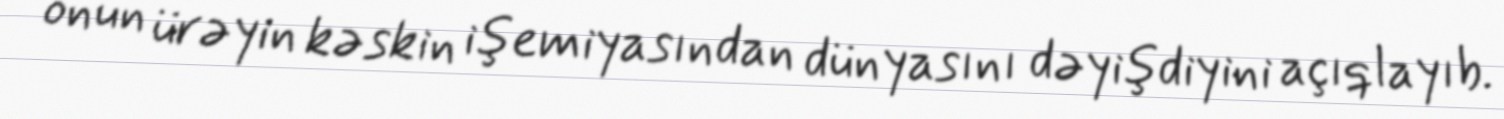
onun ürəyin kəskin işemiyasından dünyasını dəyişdiyini açıqlayıb.